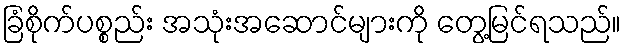
ခြံစိုက်ပစ္စည်း အသုံးအဆောင်များကို တွေ့မြင်ရသည်။